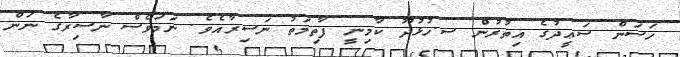
ހަސަން ސަޢީދުގެ އިތުރުން ސ.ހުޅުދޫ ކާމިނީ ފާތިމަތު ނަސިރާއެވެ. ނަމަވެސް ނާސިރާގެ ނަން